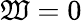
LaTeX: \mathfrak{W}=0